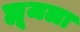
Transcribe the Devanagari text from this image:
ह्यूजला